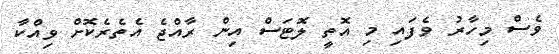
ވެސް މިހާރު ވެފައި މި އޮތީ ލޮޓަސް އިން ރާއްޖެ އެތެރެކޮށް ވިއްކާ